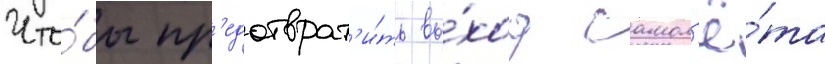
Что́бы пр'едотврат'и́ть вы́ход самол'ё́та